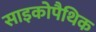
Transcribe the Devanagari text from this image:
साइकोपैथिक